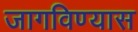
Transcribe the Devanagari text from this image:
जागविण्यास